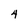
Character: 4